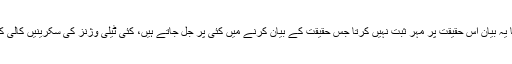
کیا اعجاز شاہ کا یہ بیان اس حقیقت پر مہر ثبت نہیں کرتا جس حقیقت کے بیان کرنے میں کئی پر جل جاتے ہیں، کئی ٹیلی وژنز کی سکرینیں کالی کر دی جاتی ہیں۔